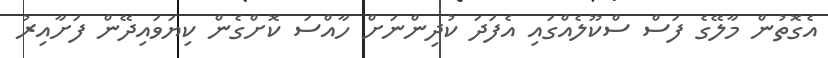
އެގޮތުން މާލޭގެ ފަސް ސްކޫލެއްގައި އެފަދަ ކުދިންނަށް ހާއްސަ ކޮށްގެން ކިޔަވައިދޭން ފަށާއިރު